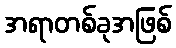
အရာတစ်ခုအဖြစ်